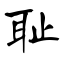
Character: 耻